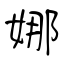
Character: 娜